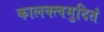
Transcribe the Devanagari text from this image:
कालक्त्वमुदितं